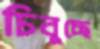
চিবুচ্ছে